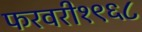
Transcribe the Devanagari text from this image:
फरवरी१९६८